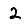
Digit: 2